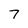
Character: 7